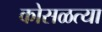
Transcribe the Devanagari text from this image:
कोसळत्या